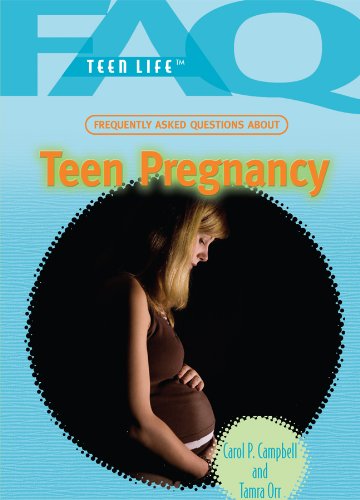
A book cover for Frequently Asked Questions About Teen Pregnancy (Faq: Teen Life); Carol P. Campbell; Teen & Young Adult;